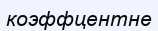
коэффцентне